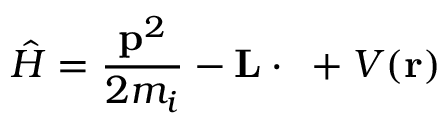
\hat { H } = \frac { { \bf { p } } ^ { 2 } } { 2 m _ { i } } - { \bf { L } } \cdot { \bf { \Omega } } + V ( { \bf { r } } )